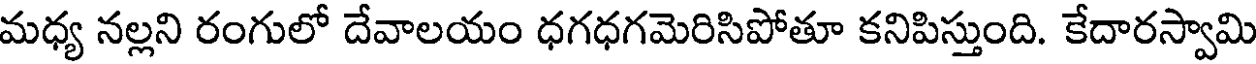
మధ్య నల్లని రంగులో దేవాలయం ధగధగమెరిసిపోతూ కనిపిస్తుంది. కేదారస్వామి